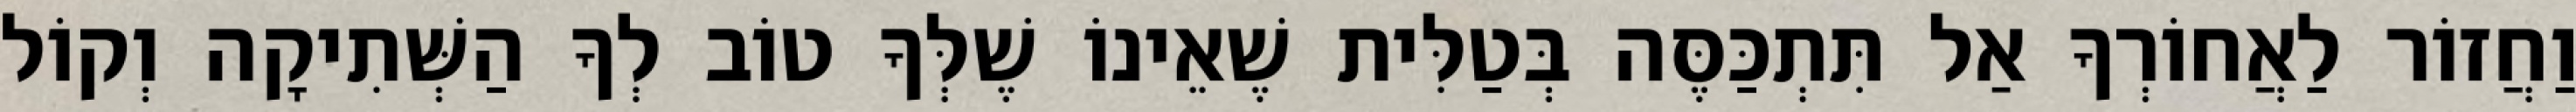
וַחֲזוֹר לַאֲחוֹרְךָ אַל תִּתְכַּסֶּה בְּטַלִּית שֶׁאֵינוֹ שֶׁלְּךָ טוֹב לְךָ הַשְּׁתִיקָה וְקוֹל